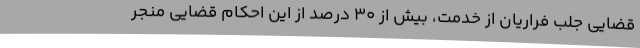
قضایی جلب فراریان از خدمت، بیش از 30 درصد از این احکام قضایی منجر